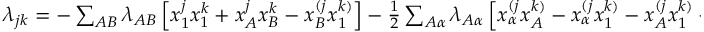
\begin{array} { r } { \lambda _ { j k } = - \sum _ { A B } \lambda _ { A B } \left[ x _ { 1 } ^ { j } x _ { 1 } ^ { k } + x _ { A } ^ { j } x _ { B } ^ { k } - x _ { B } ^ { ( j } x _ { 1 } ^ { k ) } \right] - \frac 1 2 \sum _ { A \alpha } \lambda _ { A \alpha } \left[ x _ { \alpha } ^ { ( j } x _ { A } ^ { k ) } - x _ { \alpha } ^ { ( j } x _ { 1 } ^ { k ) } - x _ { A } ^ { ( j } x _ { 1 } ^ { k ) } - 2 x _ { 1 } ^ { j } x _ { 1 } ^ { k } \right] , } \end{array}